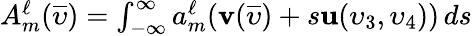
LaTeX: \begin{array}{r}{A_{m}^{\ell}(\overline{{\upsilon}})=\int_{-\infty}^{\infty}a_{m}^{\ell}(\mathbf{v}(\overline{{\upsilon}})+s\mathbf{u}(\upsilon_{3},\upsilon_{4}))\mathop{ds}}\end{array}